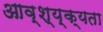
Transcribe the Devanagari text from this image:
आव्श्य्क्यता